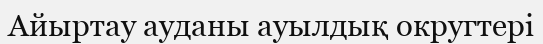
Айыртау ауданы ауылдық округтері